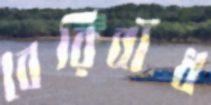
বেরিবাঁধ